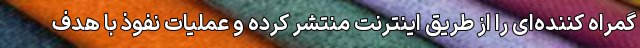
گمراه کننده‌ای را از طریق اینترنت منتشر کرده و عملیات نفوذ با هدف